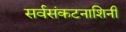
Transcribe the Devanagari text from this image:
सर्वसंकटनाशिनी